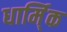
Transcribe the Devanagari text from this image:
धार्मि्क